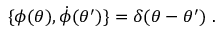
\{ \phi ( \theta ) , \dot { \phi } ( \theta ^ { \prime } ) \} = \delta ( \theta - \theta ^ { \prime } ) \ .